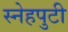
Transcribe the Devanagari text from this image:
स्नेहपुटी